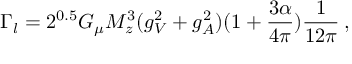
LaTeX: \Gamma _ { l } = 2 ^ { 0 . 5 } G _ { \mu } M _ { z } ^ { 3 } ( g _ { V } ^ { 2 } + g _ { A } ^ { 2 } ) ( 1 + \frac { 3 \alpha } { 4 \pi } ) \frac { 1 } { 1 2 \pi } \: ,